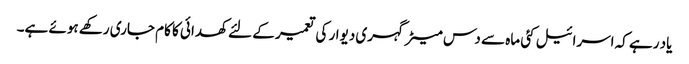
یاد رہے کہ اسرائیل کئی ماہ سے دس میٹر گہری دیوار کی تعمیر کے لئے کھدائی کا کام جاری رکھے ہوئے ہے۔